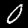
Digit: 0